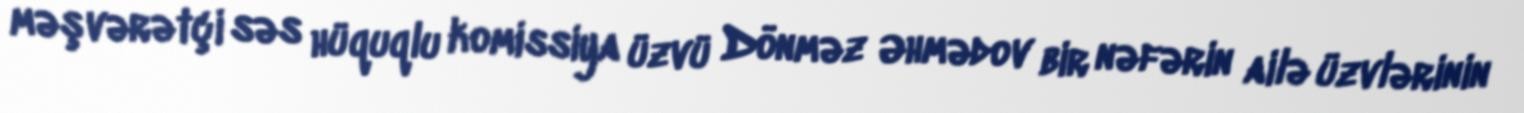
məşvərətçi səs hüquqlu komissiya üzvü Dönməz Əhmədov bir nəfərin ailə üzvlərinin